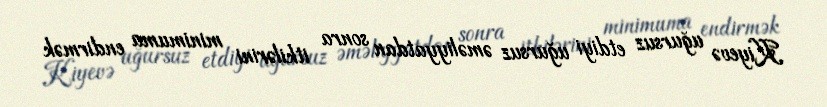
Kiyevə uğursuz etdiyi uğursuz əməliyyatdan sonra itkilərini minimuma endirmək